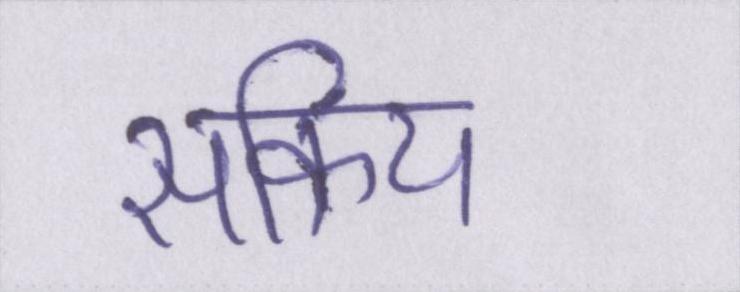
सक्रिय